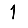
Digit: 1